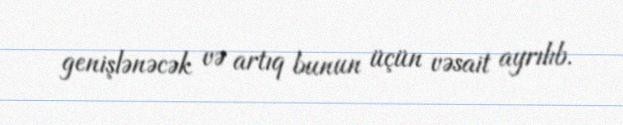
genişlənəcək və artıq bunun üçün vəsait ayrılıb.